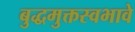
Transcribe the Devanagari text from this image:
बुद्धमुक्तस्वभावे